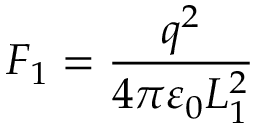
F _ { 1 } = { \frac { q ^ { 2 } } { 4 \pi \varepsilon _ { 0 } L _ { 1 } ^ { 2 } } }